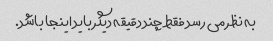
به نظر می رسد فقط چند دقیقه دیگر باید اینجا باشد.